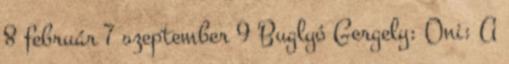
8 február 7 szeptember 9 Buglyó Gergely: Oni: A